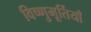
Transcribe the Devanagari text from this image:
विष्णुमूर्तियाँ